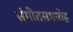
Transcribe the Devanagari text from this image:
संगीतसमारोह